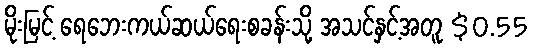
မိုးမြင့် ရေဘေးကယ်ဆယ်ရေးစခန်းသို့ အသင်နှင့်အတူ $0.55